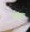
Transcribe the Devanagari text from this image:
भावणा